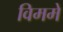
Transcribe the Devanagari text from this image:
विममे